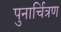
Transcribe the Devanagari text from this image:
पुनार्चित्रण